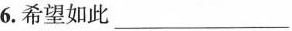
6.希望如此___